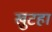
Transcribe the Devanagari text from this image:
खुटहा